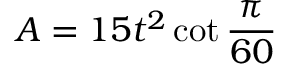
A = 1 5 t ^ { 2 } \cot { \frac { \pi } { 6 0 } }